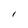
Character: I